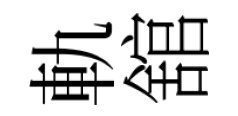
軌舘